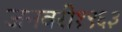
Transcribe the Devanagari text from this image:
जनवरी१९६३